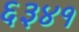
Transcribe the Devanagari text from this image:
६३४१